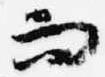
而